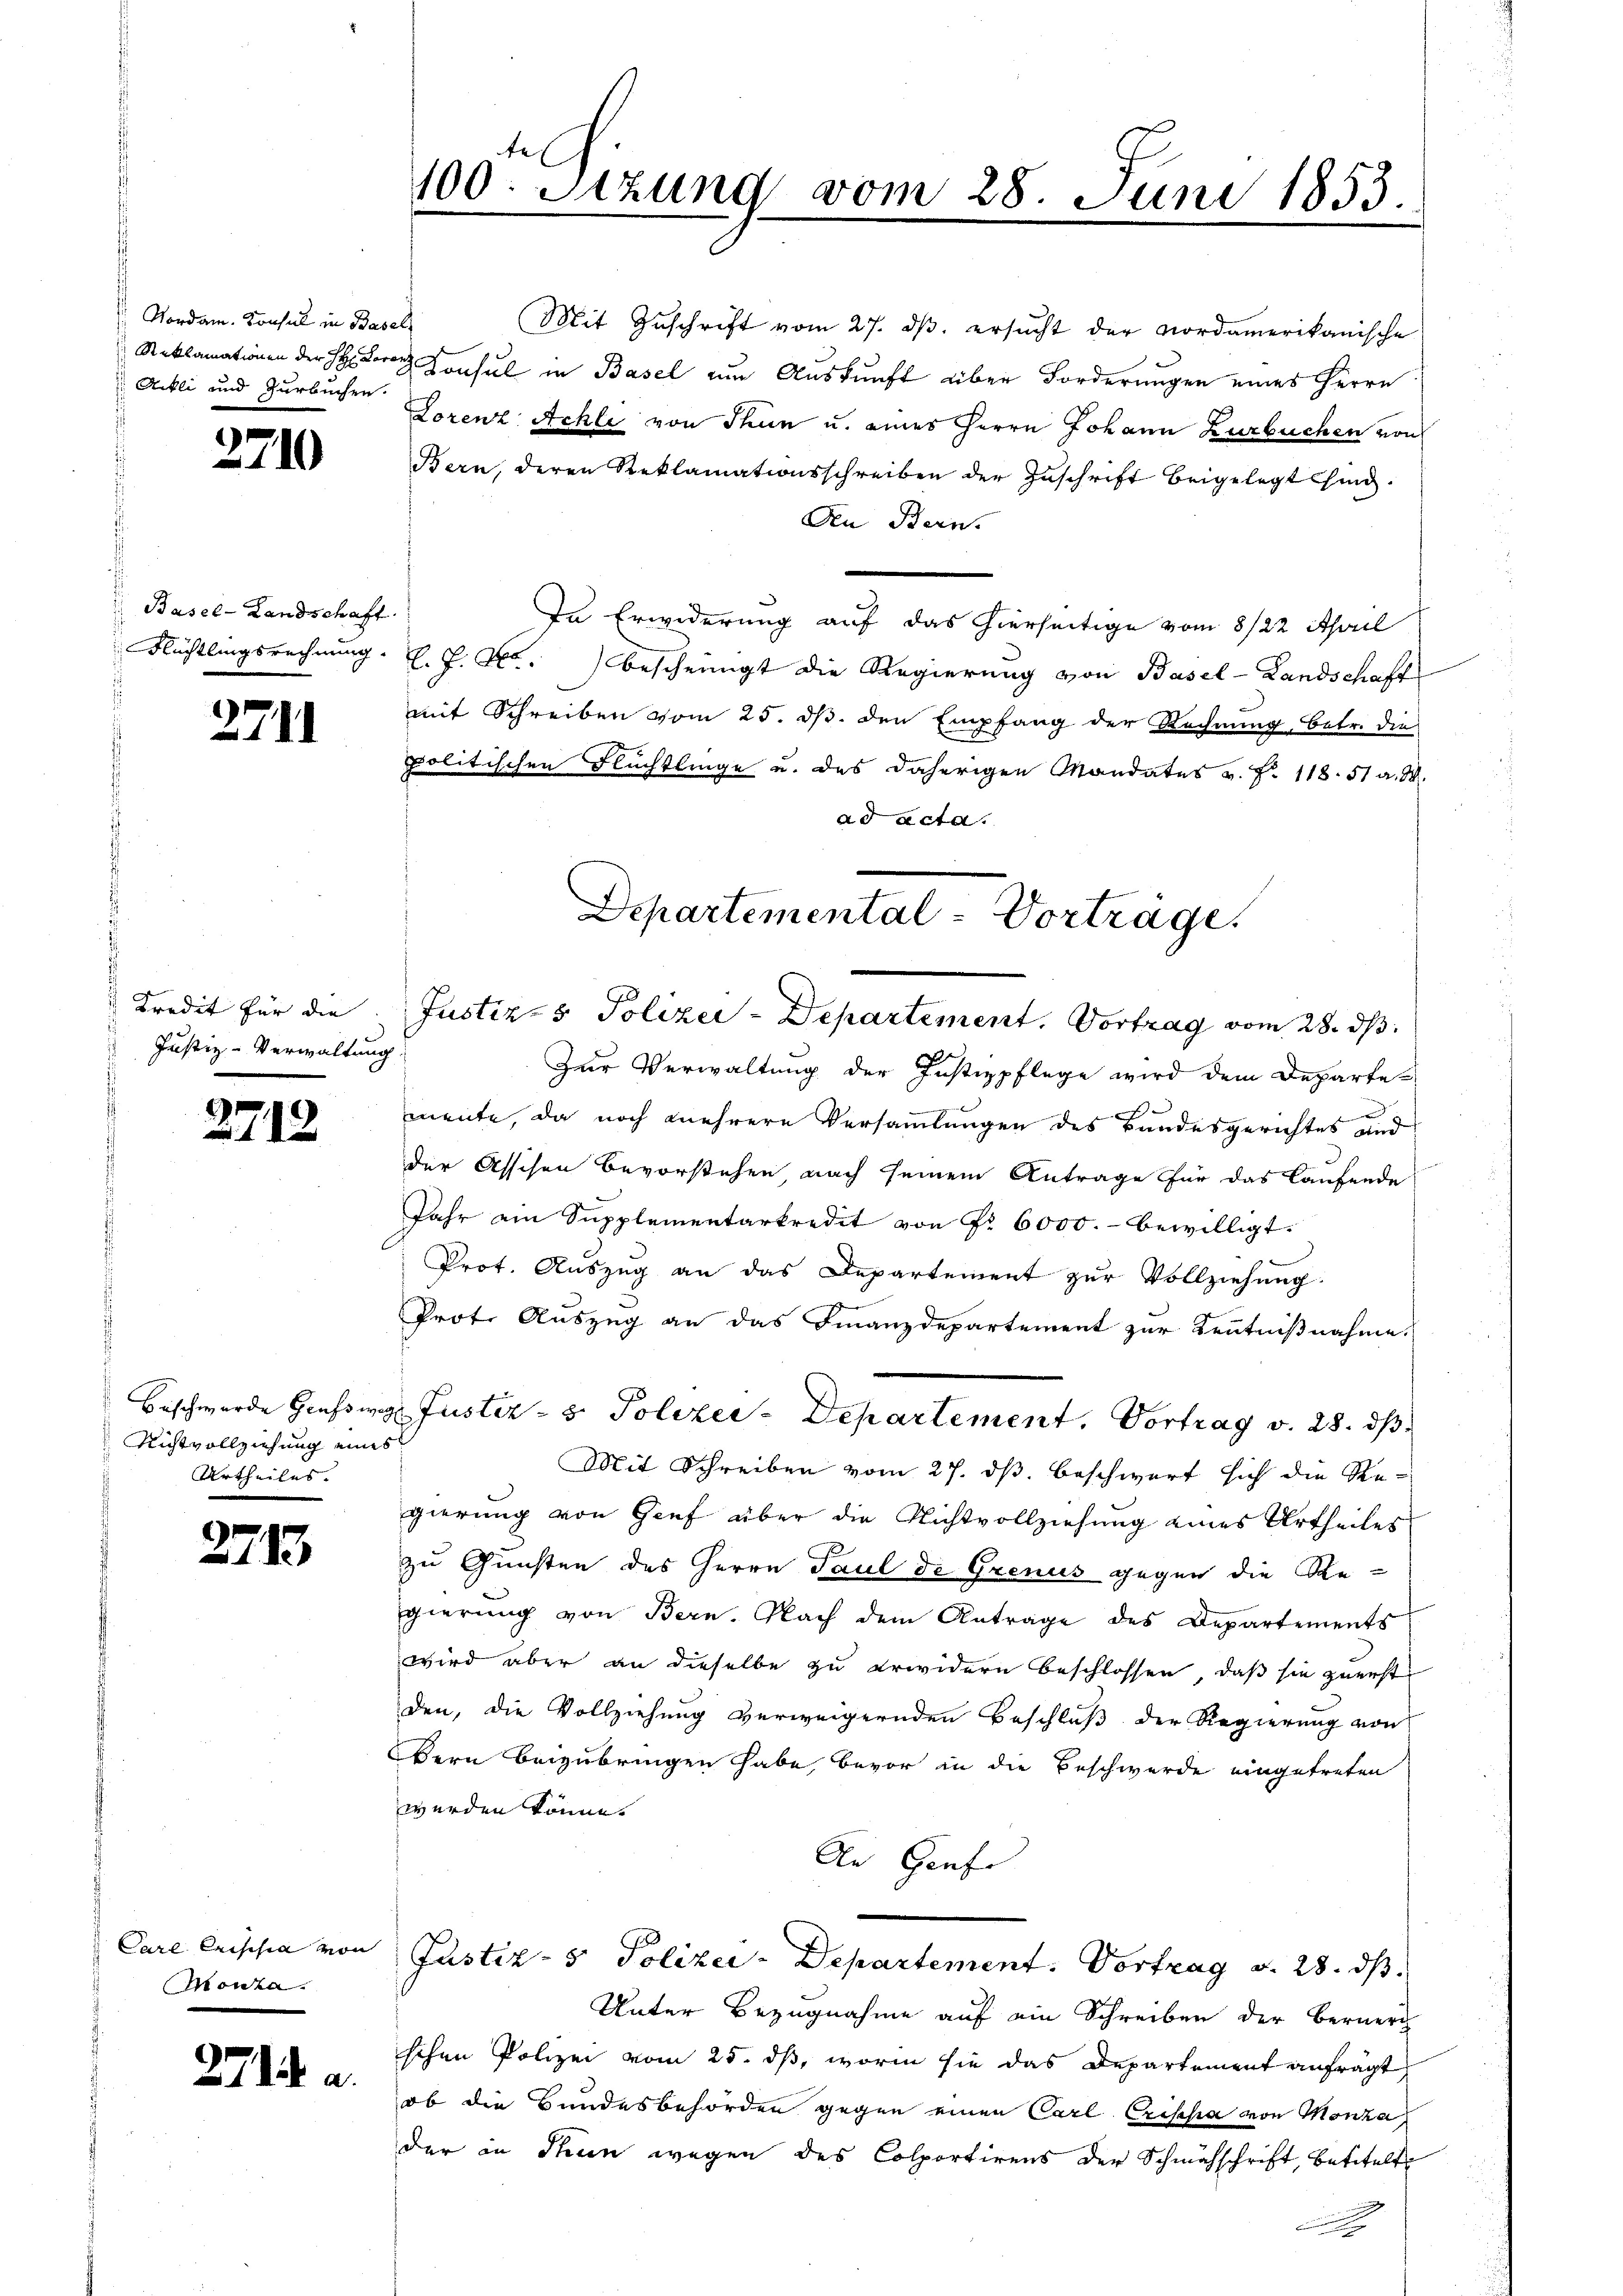
Nordam. Konsul in Basels
Ackli und Zurbuchen.

3710

Basel-Landschaft
Flüchtlingsrechnung.

2711

Kredit für die
Justiz-Verwaltung

2712

Beschwerde Grafs weg
Richtvollziehung eines
Urtheiles.

¬

13

Care Erischia von
Monta.

271 u. a.

100. Sitzung vom 28. Juni 1853.

Mit Zuschrift vom 27. ds. ersucht der Nordamerikanische
Reklamationen der Herr Konsul in Basel zum Auskunft über Forderungen eines Herrn
Lorenz Achli von Thun u. eines Herrn Johann Zurbuchen von
Bern, deren Reklamationsschreiben der Zuschrift beigelegt sind.
Aen Bern.
In Erwiderung auf das hierseitige vom 8/22. April
l. F. Kr. bescheinigt die Regierung von Basel-Landschaft
mit Schreiben vom 25. ds. den Empfang der Rechnung, betr. die
politischen Flüchtlinge u. des daherigen Mandates v. N. 118. 51 a. M.
ad acta.
Departemental-Vortrage.

Justiz- & Polizei-Departement. Vortrag vom 28. ds.

Zur Verwaltung der Justizpflege wird dem Departe
mente, da noch mehrere Versammlungen des Bundesgerichtes und
der Assisen Bevorstehen nach seinem Antrage für das laufende
Jahr ain Supplementarkredit von Fr. 6000.- bewilligt.
Prot. Auszug an das Departement zur Vollziehung.
Prot. Auszug an das Finanzdepartement zur Kenntnißnahme.
Mit Schreiben vom 27. ds. beschwert sich die Regierung von Genf über die Nichtvollziehung eines Urtheiles
zu Gunsten des Herrn Paul de Grenus gegen die Re-
gierŭng von Bern. Nach dem Antrage des Departements
wird aber an dieselbe zu erwidern beschlossen, daß sie zuerst
den, die Vollziehung verweigernden Beschluß der Regierung von
Bern beizubringen habe, bevor in die Beschwerde eingetreten
werden könne.
An Genf
Justiz- & Polizei - Departement. Vortrag d. 28. ds.
Unter Bezugnahme auf ein Schreiben der Berner
schen Polizei vom 25. ds, worin sie das Departement anfrägt,
ob die Bundesbehörden gegen einen Carl Crischa von Monza,
der in Thun wegen des Colportirens der Schmähschrift, betitelt

Justiz- & Polizei-Departement. Vortrag v. 28. ds

.